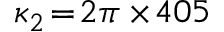
\kappa _ { 2 } \! = \! 2 \pi \times \! 4 0 5